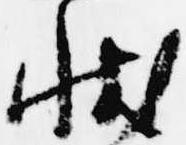
状